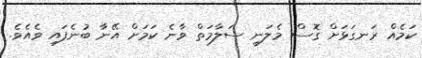
ކަމެއް ރަނގަޅަށް ގޮސް މެލަނީ ސަލާމަތް ވާނެ ކަމަށް އޭނާ ބުނެފައި ވެއެވެ.